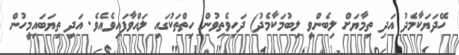
ހޭދަޔަކާމެދު އަދި ތިމާޔަށް ލިބެންވީ ލިބުމަކާމެދު) ދަހިވެތިވުން ހިތްތަކުގައި ލައްވާފައިވެއެވެ. އަދި ތިޔަބައިމީހުން